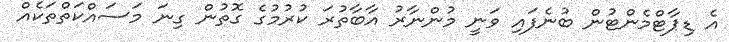
އެ ޑިޕާޓްމެންޓުން ބުނެފައި ވަނީ މުންނާރު އާބާތުރަ ކުރުމުގެ ގޮތުން ގިނަ މަސައްކަތްތަކެއް